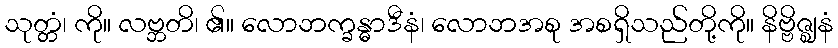
သုတ္တံ၊ ကို။ လဗ္ဘတိ၊ ၏။ လောဘက္ခန္ဓာဒီနံ၊ လောဘအစု အစရှိသည်တို့ကို။ နိဗ္ဗိဇ္ဈနံ